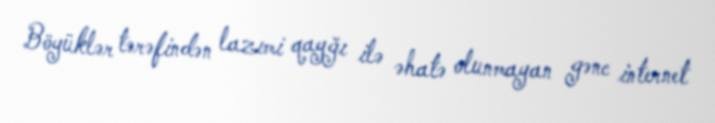
Böyüklər tərəfindən lazımi qayğı ilə əhatə olunmayan gənc internet